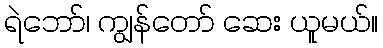
ရဲဘော်၊ ကျွန်တော် ဆေး ယူမယ်။